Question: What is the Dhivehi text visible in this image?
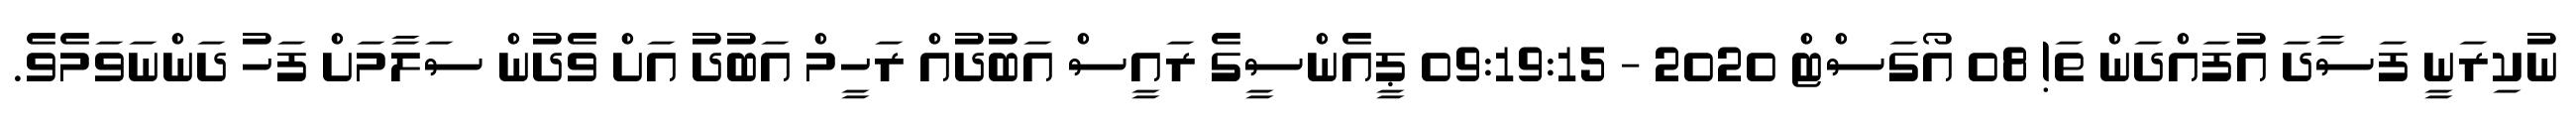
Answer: ނުކިރަނީ ފަސާދަ އުފައްދަން ތަ! 08 އޯގަސްޓް 2020 - 09:19:15 ޕީއެންސީގެ ރައީސް އަބުދުއް ރަހީމް އަބުދު އަށް ވެދުން ސަލާމަށް ފަހު ދަންނަވަމެވެ.